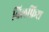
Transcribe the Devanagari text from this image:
बिलफ़िश